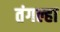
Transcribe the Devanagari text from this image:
तंगल्हा